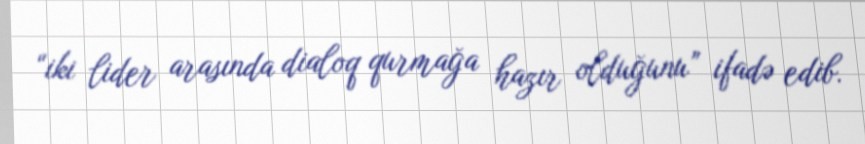
“iki lider arasında dialoq qurmağa hazır olduğunu” ifadə edib.